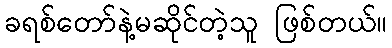
ခရစ်တော်နဲ့မဆိုင်တဲ့သူ ဖြစ်တယ်။